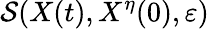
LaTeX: \mathcal{S}(X(t),X^{\eta}(0),\varepsilon)